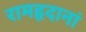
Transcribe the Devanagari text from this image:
रामहृदानां